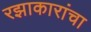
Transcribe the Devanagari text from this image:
रझाकारांचा